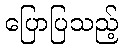
ပြောပြသည့်